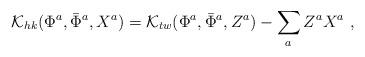
LaTeX: \begin{align*}{\cal K}_{hk}({\Phi}^a, {\bar \Phi}^a, X^a) ={\cal K}_{tw}({\Phi}^a, {\bar \Phi}^a, Z^a) - \sum_a Z^a X^a\ ,\end{align*}